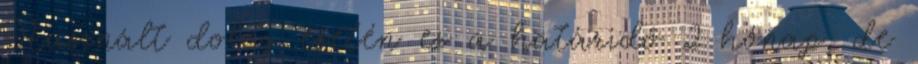
Használt dolog esetén ez a határidő 2 hónap, de